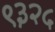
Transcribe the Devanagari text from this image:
९३२५